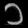
Digit: ၁